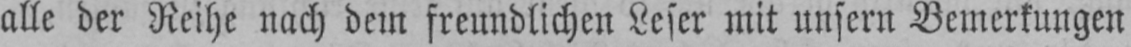
alle der Reihe nach dem freundlichen Leser mit unsern Bemerkungen